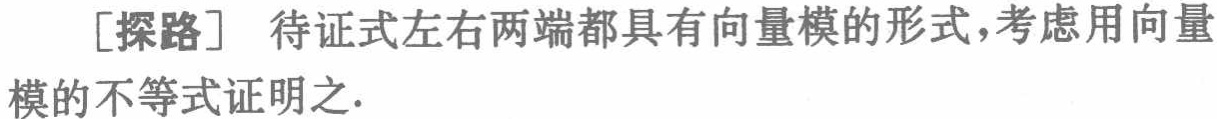
[探路] 待证式左右两端都具有向量模的形式，考虑用向量模的不等式证明之.